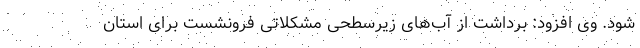
شود. وی افزود: برداشت از آب‌های زیرسطحی مشکلاتی فرونشست برای استان